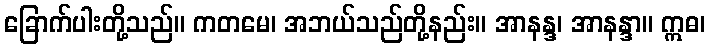
ခြောက်ပါးတို့သည်။ ကတမေ၊ အဘယ်သည်တို့နည်း။ အာနန္ဒ၊ အာနန္ဒာ။ ဣဓ၊